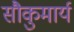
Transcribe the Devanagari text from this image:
सौकुमार्य